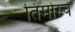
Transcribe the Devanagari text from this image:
तिमोरचे